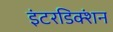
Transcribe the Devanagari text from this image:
इंटरडिक्शंन